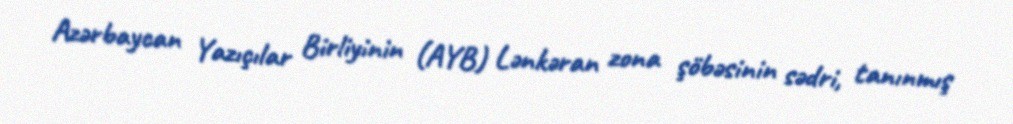
Azərbaycan Yazıçılar Birliyinin (AYB) Lənkəran zona şöbəsinin sədri, tanınmış